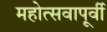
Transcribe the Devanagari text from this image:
महोत्सवापूर्वी